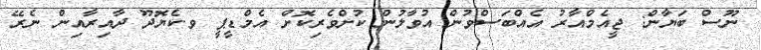
ނޫސް ބަޔާން: ޖީއެމްއާރު އެއްބަސްވުން އުވާލުން ކުށްވެރިކޮށް އެމްޑީޕީ ވ.ކެޔޮދޫ ދާއިރާއިން ނެރޭ